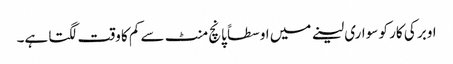
اوبر کی کار کو سواری لینے میں اوسطاً پانچ منٹ سے کم کا وقت لگتا ہے۔